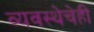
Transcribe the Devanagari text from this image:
व्यवस्थेचेही